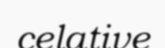
celative